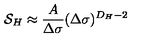
{ \cal S } _ { H } \approx { \frac { A } { \Delta \sigma } } ( \Delta \sigma ) ^ { D _ { H } - 2 }